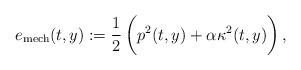
LaTeX: \begin{align*}e_{\rm mech}(t,y):=\frac12\left(p^2(t,y)+\vphantom{\int_0^1}\alpha\kappa^2(t,y)\right),\end{align*}